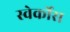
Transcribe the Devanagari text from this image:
स्वेर्कोस